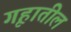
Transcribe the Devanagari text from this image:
गृहातील